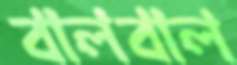
বালবাল